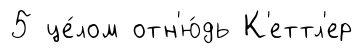
5 це́лом отн'ю́дь К'еттл'ер